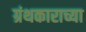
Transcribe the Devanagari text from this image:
ग्रंथकाराच्या